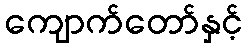
ကျောက်တော်နှင့်